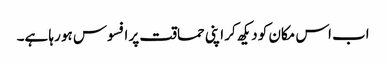
اب اس مکان کو دیکھ کر اپنی حماقت پر افسوس ہو رہا ہے۔